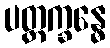
ပတ္တက္ခန္ဓေ